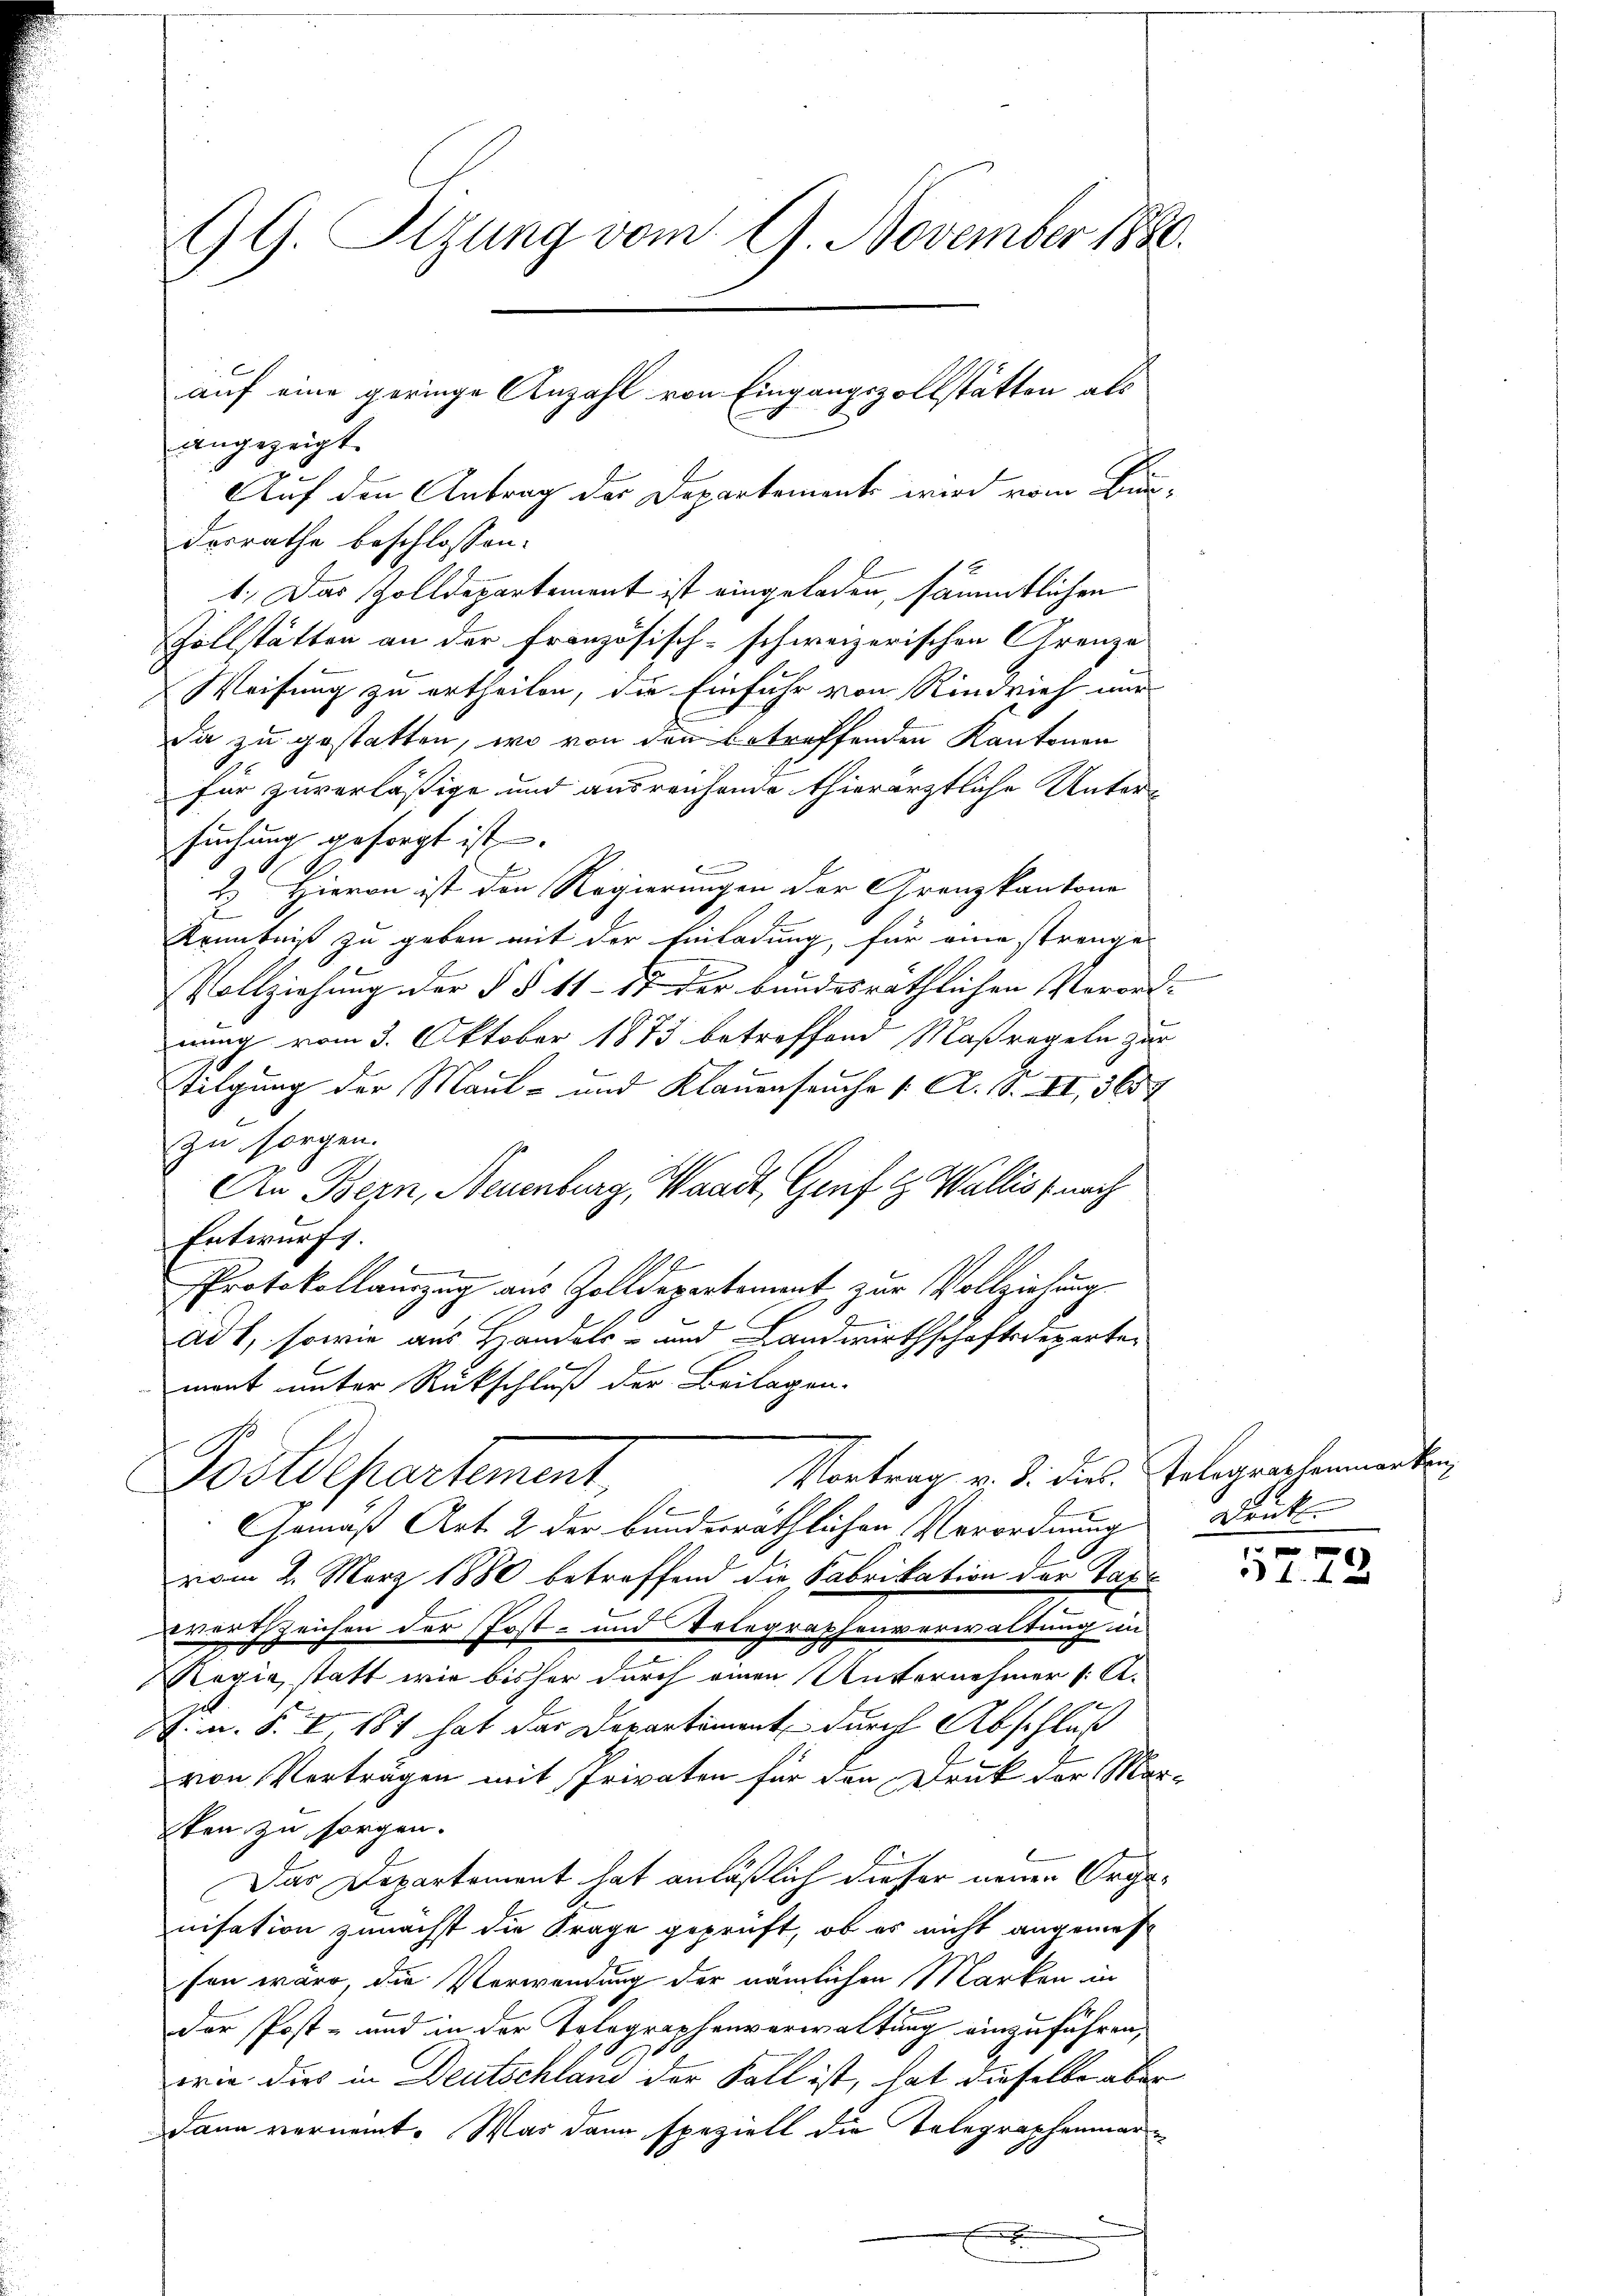
99. Sitzung vom 9. November 1880.
auf eine geringe Anzahl von Eingangszollstätten als

angezeigt.
Auf den Antrag der Departemente wird vom Bundesrathe beschlossen:
1. Das Zolldepartement ist eingeladen, sämmtlichen
Zollstätten an der französisch-schweizerischen Grenze
Weisung zu ertheilen, die Einfuhr von Rindvieh nur
Da zu gestatten, wo von den betreffenden Kantonen
für zuverläßige und ausreichende thierärztliche Unter-
suchung gesorgt ist.
b
2. Hievon ist den Regierungen der Grenzkantone
Kenntniß zu geben mit der Einladung, für eine strenge
Vollziehung der § § 11 - 17 der bundesräthlichen Verord- |
nung vom 3. Oktober 1873 betreffend Maßregeln zur
Tilgung der Maul- und Klauenseuche [ A. S. XI, 3657
zu sorgen.
An Bern, Neuenburg, Waadt, Genf l Wallis, nach
Entwurfs.
Protokollauszug aus Zolldepartement, zur Vollziehung
ad 1, sowie aus Handels- und Landwirthschaftsdepartemont unter Rückschluß der Beilagen.
Vortrag v. 3. dies Telegraphenmerken
Postdepartement,
F
Gemäß Art. 2 der bunderräthlichen Verordnung Druck
vom 2. März 1880 betreffend die Fabrikation der Tade
werth zeichen der Post- und Telegraphenverwaltung un
Regie, statt wie bisher durch einen Unternehmer (: A.
h
m. S. I, 181 hat das Departement durch Abschluß
von Verträgen mit Privaten für den Druk der Mar-
sten zu sorgen.
Das Departement hat anläßlich dieser neuen Organisation zunächst die Frage geprüft, ob es nicht angemes
sen ware, die Verwendung der nämlichen Marken in
der Post- und in der Tolographenverwaltung einzuführen,
wie dies in Deutschland der Fall ist, hat dieselbe aber
dann vernennt. War dann speziell die Telegraphenmar¬
.

1222